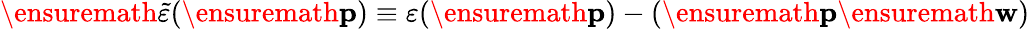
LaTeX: \ensuremath{\widetilde{\varepsilon}}(\ensuremath{\mathbf{p}})\equiv\varepsilon(\ensuremath{\mathbf{p}})-(\ensuremath{\mathbf{p}}\ensuremath{\mathbf{w}})